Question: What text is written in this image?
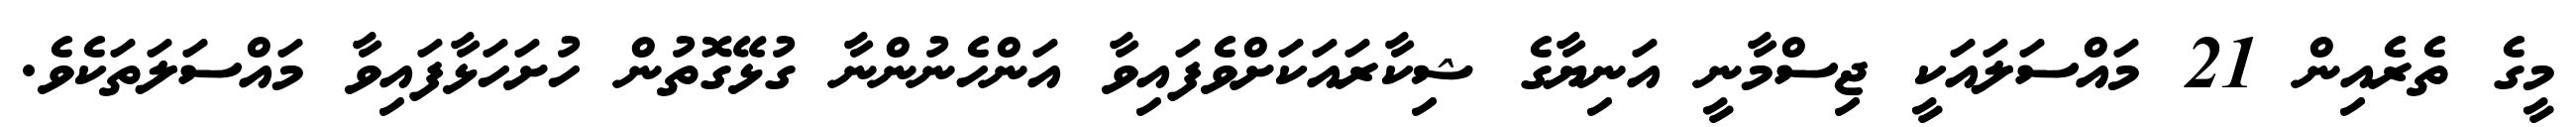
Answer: މީގެ ތެރެއިން 21 މައްސަލައަކީ ޖިސްމާނީ އަނިޔާގެ ޝިކާރައަކަށްވެފައިވާ އަންހެނުންނާ ގުޅޭގޮތުން ހުށަހަޅާފައިވާ މައްސަލަތަކެވެ.